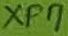
Text: XP7